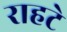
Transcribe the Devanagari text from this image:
राहटे